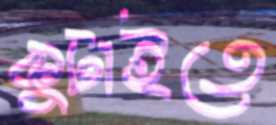
কুটাইতে